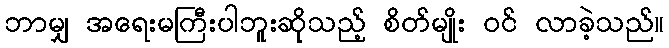
ဘာမျှ အရေးမကြီးပါဘူးဆိုသည့် စိတ်မျိုး ဝင် လာခဲ့သည်။